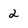
Character: 2